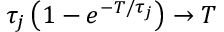
\tau _ { j } \left( 1 - e ^ { - T / \tau _ { j } } \right) \to T